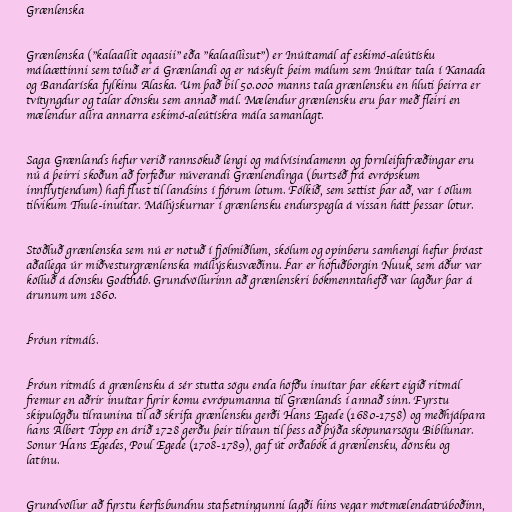
Grænlenska

Grænlenska ("kalaallit oqaasii" eða "kalaallisut") er Inúítamál af eskimó-aleútísku
málaættinni sem töluð er á Grænlandi og er náskylt þeim málum sem Inúítar tala í Kanada
og Bandaríska fylkinu Alaska. Um það bil 50.000 manns tala grænlensku en hluti þeirra er
tvítyngdur og talar dönsku sem annað mál. Mælendur grænlensku eru þar með fleiri en
mælendur allra annarra eskimó-aleútískra mála samanlagt.

Saga Grænlands hefur verið rannsökuð lengi og málvísindamenn og fornleifafræðingar eru
nú á þeirri skoðun að forfeður núverandi Grænlendinga (burtséð frá evrópskum
innflytjendum) hafi flust til landsins í fjórum lotum. Fólkið, sem settist þar að, var í öllum
tilvikum Thule-inuítar. Mállýskurnar í grænlensku endurspegla á vissan hátt þessar lotur.

Stöðluð grænlenska sem nú er notuð í fjölmiðlum, skólum og opinberu samhengi hefur þróast
aðallega úr miðvesturgrænlenska mállýskusvæðinu. Þar er höfuðborgin Nuuk, sem áður var
kölluð á dönsku Godthåb. Grundvöllurinn að grænlenskri bókmenntahefð var lagður þar á
árunum um 1860.

Þróun ritmáls.

Þróun ritmáls á grænlensku á sér stutta sögu enda höfðu inuítar þar ekkert eigið ritmál
fremur en aðrir inuítar fyrir komu evrópumanna til Grænlands í annað sinn. Fyrstu
skipulögðu tilraunina til að skrifa grænlensku gerði Hans Egede (1680-1758) og meðhjálpara
hans Albert Topp en árið 1728 gerðu þeir tilraun til þess að þýða sköpunarsögu Biblíunar.
Sonur Hans Egedes, Poul Egede (1708-1789), gaf út orðabók á grænlensku, dönsku og
latínu.

Grundvöllur að fyrstu kerfisbundnu stafsetningunni lagði hins vegar mótmælendatrúboðinn,